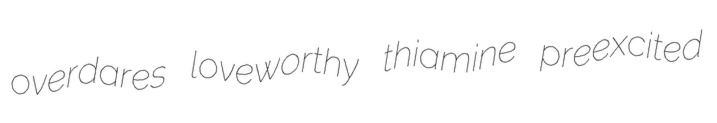
overdares loveworthy thiamine preexcited